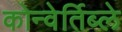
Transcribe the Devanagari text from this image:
कोन्वेर्तिब्ले